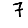
Digit: 7